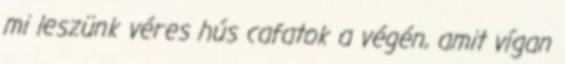
mi leszünk véres hús cafatok a végén, amit vígan